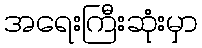
အရေးကြီးဆုံးမှာ